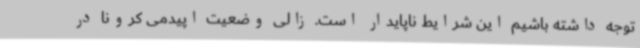
توجه داشته باشیم این شرایط ناپایدار است. زالی وضعیت اپیدمی کرونا در